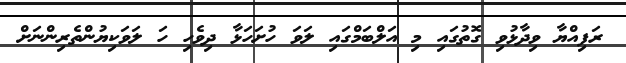
ރަފިއްޔާ ވިދާޅުވި ގޮތުގައި މި އަލްބަމްގައި ލަވަ ހުށަހަޅާ ދިވެހި ހަ ލަވަކިޔުންތެރިންނަށް